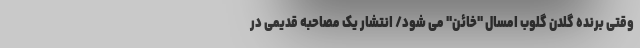
وقتی برنده گلدن گلوب امسال "خائن" می شود/ انتشار یک مصاحبه قدیمی در